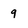
Character: 9